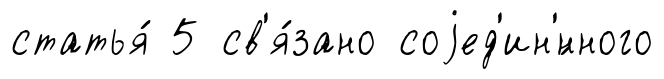
статья́ 5 св'я́зано соjед'ин'́нного